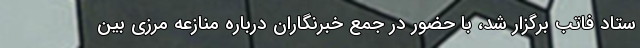
ستاد فاتب برگزار شد، با حضور در جمع خبرنگاران درباره منازعه مرزی بین